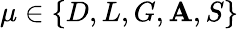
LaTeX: \mu\in\{ D,L,G,\mathbf{A},S\}